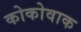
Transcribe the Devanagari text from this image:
कोकोवाक